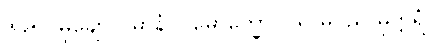
၆၉၅။ မုချော ပဓာနံ ပါမောက္ခော၊ ပရ မဂ္ဂည မုတ္တရံ။